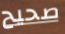
صحيح